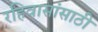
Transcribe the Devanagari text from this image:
रहिवासांसाठी